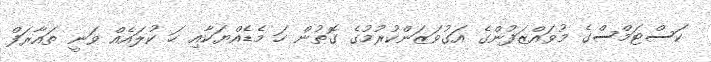
ކަސްޓަމްސްގެ މުވައްޒަފުންގެ އަގުވަޒަންކުރުމުގެ ގޮތުން ހަ މެޑެއްޔަކާއި ހަ ކުލައެއް ވަނީ ތައާރަފް